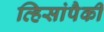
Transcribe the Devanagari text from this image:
व्हिसांपैकी